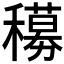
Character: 𬔁